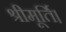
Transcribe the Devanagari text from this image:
श्रीमूर्ति।